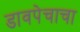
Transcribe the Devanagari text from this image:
डावपेचाचा